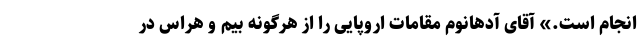
انجام است.» آقای آدهانوم مقامات اروپایی را از هرگونه بیم و هراس در